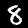
Digit: 8